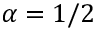
\alpha = 1 / 2